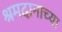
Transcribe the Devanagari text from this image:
श्रमदानाच्या